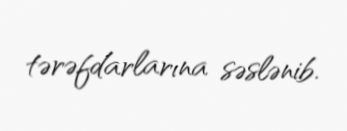
tərəfdarlarına səslənib.